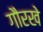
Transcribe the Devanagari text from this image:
गौरखे